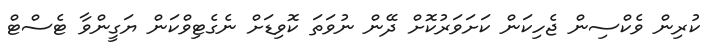
ކުރިން ވެކްސިން ޖެހިކަން ކަށަވަރުކޮށް ދޭން ނުވަތަ ކޮވިޑަށް ނެގެޓިވްކަން ޔަގީންވާ ޓެސްޓް